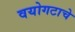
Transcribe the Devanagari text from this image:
वयोगटाचे